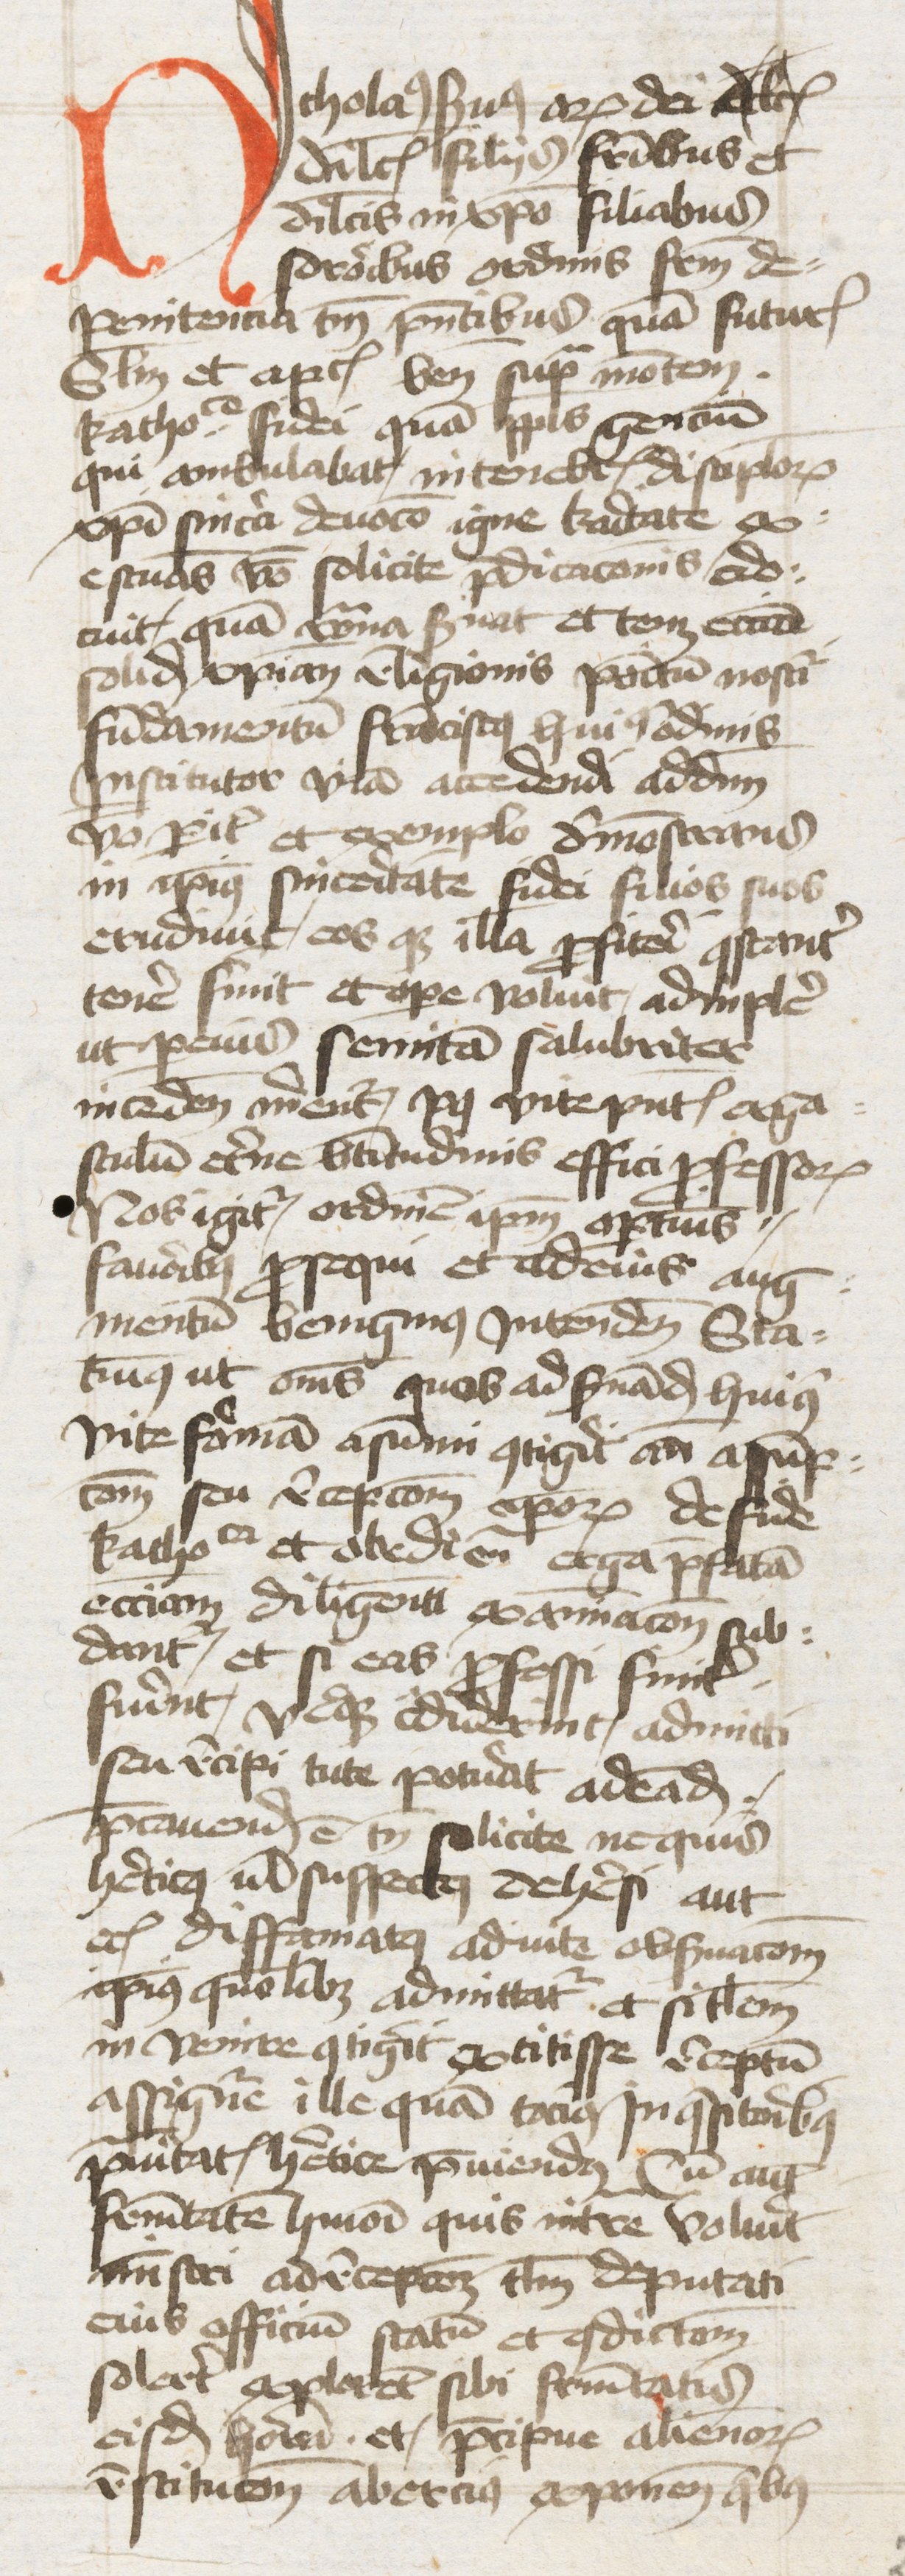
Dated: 1445–1474